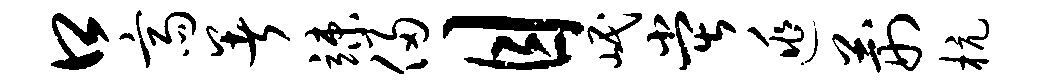
口斋暑竦侵目岷堂逃荆杭